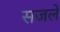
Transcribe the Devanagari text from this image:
सजले